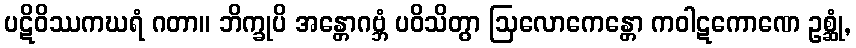
ပဋိဝိဿကဃရံ ဂတာ။ ဘိက္ခုပိ အန္တောဂဗ္ဘံ ပဝိသိတွာ ဩလောကေန္တော ကဝါဋကောဏေ ဥစ္ဆုံ,